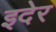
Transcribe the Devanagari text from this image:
इदेर